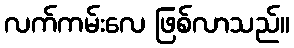
လက်ကမ်းလေ ဖြစ်လာသည်။